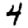
Digit: 4